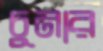
চুনার